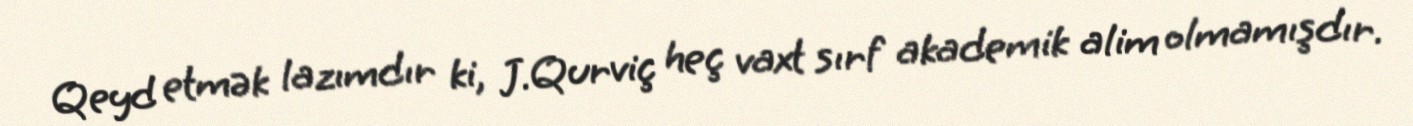
Qeyd etmək lazımdır ki, J.Qurviç heç vaxt sırf akademik alim olmamışdır.